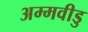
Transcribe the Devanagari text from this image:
अम्मवीडु